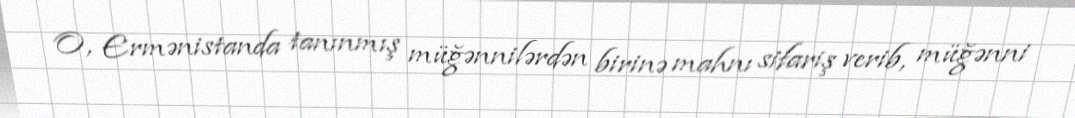
O, Ermənistanda tanınmış müğənnilərdən birinə mahnı sifariş verib, müğənni